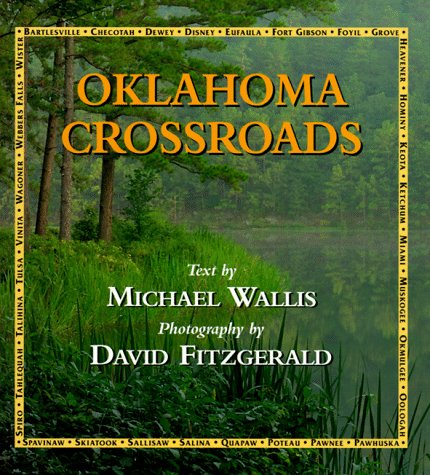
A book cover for Oklahoma Crossroads; Michael Wallis; Travel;